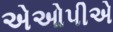
એઓપીએ